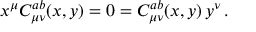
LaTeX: x ^ { \mu } C _ { \mu \nu } ^ { a b } ( x , y ) = 0 = C _ { \mu \nu } ^ { a b } ( x , y ) \, y ^ { \nu } \, .